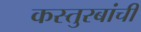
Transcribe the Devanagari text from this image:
कस्तुरबांची